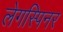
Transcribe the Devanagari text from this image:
लेगस्पिनर